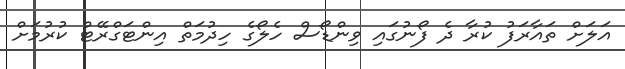
އަލަށް ތައާރަފު ކުރާ ދެ ފޯނުގައި ވިންޑޯސް ހެލޯގެ ހިދުމަތް އިންޓަގްރޭޓް ކުރުމަށް